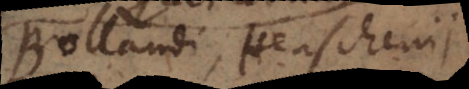
Bollandi, Henschenii,